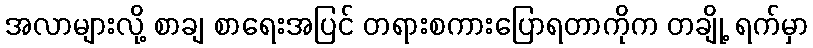
အလာများလို့ စာချ စာရေးအပြင် တရားစကားပြောရတာကိုက တချို့ ရက်မှာ